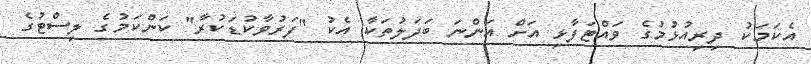
އެކަމަކު ދިރިއުޅުމުގެ ވައްޓަފާޅި އަށް އަންނަ ބަދަލުތަކާ އެކު "ފަރުވާކުޑަކުރާ" ކަންކަމުގެ ލިސްޓުގެ